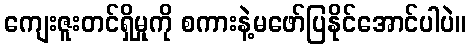
ကျေးဇူးတင်ရှိမှုကို စကားနဲ့မဖော်ပြနိုင်အောင်ပါပဲ။